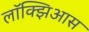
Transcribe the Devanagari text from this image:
लॉक्झिआस